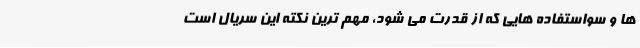
ها و سواستفاده هایی که از قدرت می شود، مهم ترین نکته این سریال است